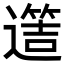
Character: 𨗡